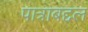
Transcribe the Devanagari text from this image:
पात्राबद्दल